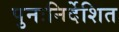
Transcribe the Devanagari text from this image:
पुनःनिर्देशित